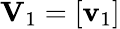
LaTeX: \mathbf{V}_{1}=\left[\mathbf{v}_{1}\right]